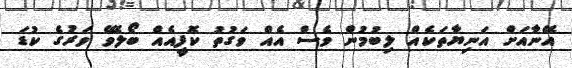
އޭނާއަށް އަނިޔާތަކެއް ލިބުމުން ވެސް އެއް ވަގުތު ކޮފީއެއް ބޯލެވޭ ވަރުގެ ކުޑަ